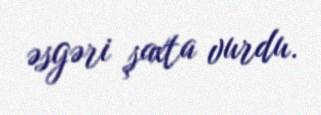
əsgəri şaxta vurdu.